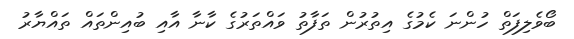
ބޯވެލިފަތް ހުންނަ ކެމުގެ އިތުރުން ތަފާތު ވައްތަރުގެ ކާނާ އާއި ބުއިންތައް ތައްޔާރު